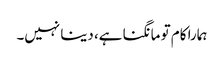
ہمارا کام تو مانگنا ہے، دینا نہیں۔